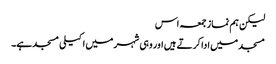
لیکن ہم نماز جمعہ اس
مسجد میں ادا کرتے ہیں اور وہی شہر میں اکیلی مسجدہے۔